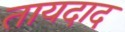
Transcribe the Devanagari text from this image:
तायदाद